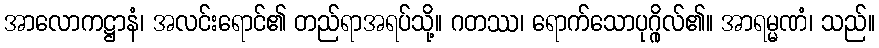
အာလောကဋ္ဌာနံ၊ အလင်းရောင်၏ တည်ရာအရပ်သို့။ ဂတဿ၊ ရောက်သောပုဂ္ဂိုလ်၏။ အာရမ္မဏံ၊ သည်။